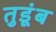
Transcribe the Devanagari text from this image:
तुडूंब